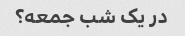
در یک شب جمعه؟